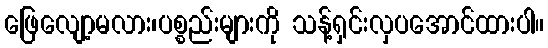
ဖြေလျော့မလား၊ပစ္စည်းများကို သန့်ရှင်းလှပအောင်ထားပါ။